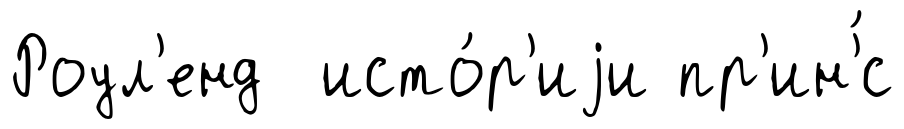
Роул'енд исто́р'иjи пр'ин'́с